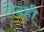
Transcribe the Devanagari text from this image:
तेढही